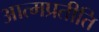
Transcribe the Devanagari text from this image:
आत्मप्रतीति